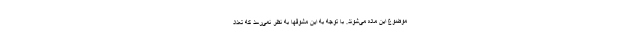
موضوع این ماده می‌شوند. با توجه به این مشوقها به نظر نمی‌رسد که تعداد